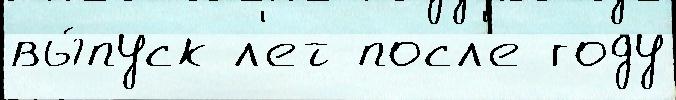
вы́пуск л'ет посл'е году